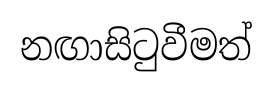
නඟාසිටුවීමත්